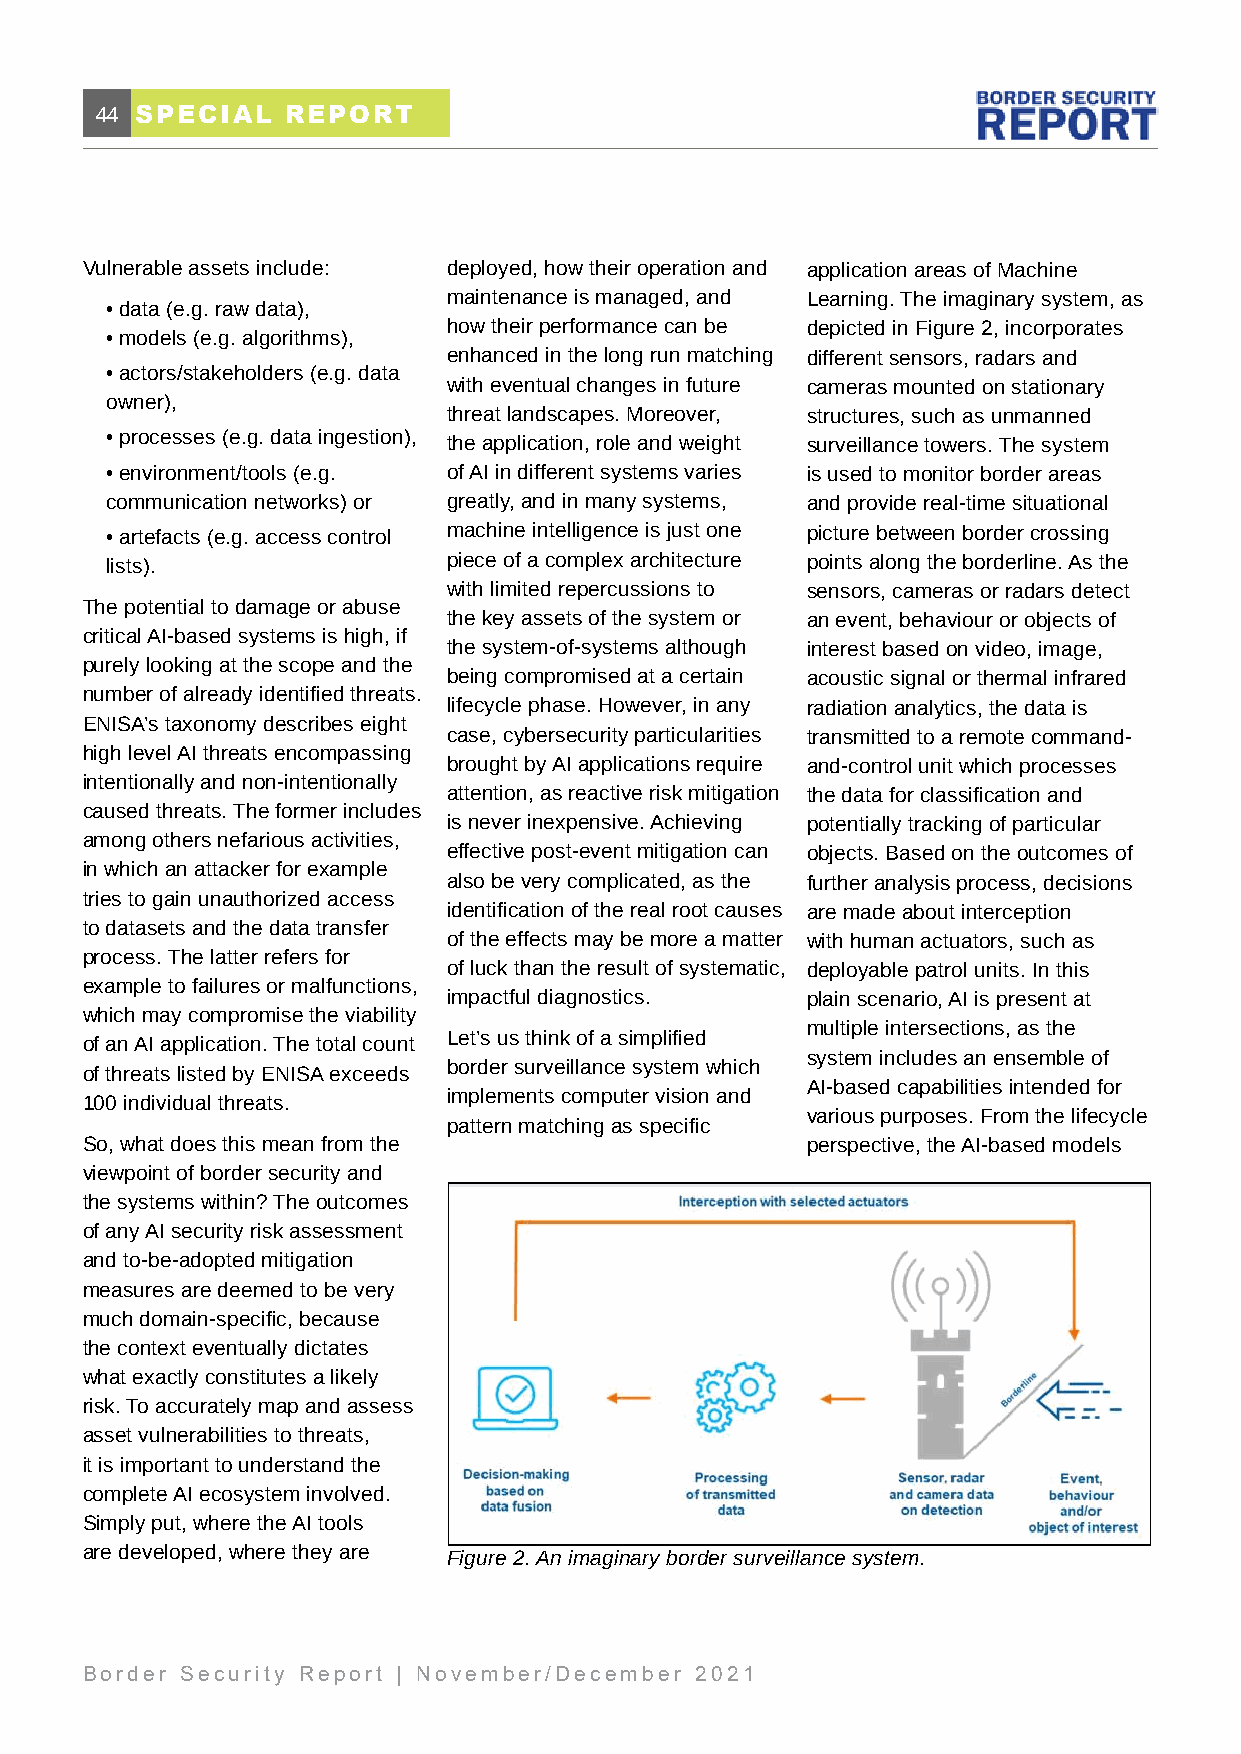
44 SPECIAL   REPORT
 Vulnerable assets include: deployed, how their operation and application areas of Machine
 maintenance is managed, and Learning. The imaginary system, as
 • data (e.g. raw data),
 how their performance can be depicted in Figure 2, incorporates
 • models (e.g. algorithms),
 enhanced in the long run matching different sensors, radars and
 • actors/stakeholders (e.g. data
 with eventual changes in future cameras mounted on stationary
 owner),
 threat landscapes. Moreover, structures, such as unmanned
 • processes (e.g. data ingestion), the application, role and weight surveillance towers. The system
 • environment/tools (e.g. of AI in different systems varies is used to monitor border areas
 communication networks) or greatly, and in many systems, and provide real-time situational
 • artefacts (e.g. access control machine intelligence is just one picture between border crossing
 lists).                piece of a complex architecture points along the borderline. As the
 with limited repercussions to sensors, cameras or radars detect
 The potential to damage or abuse
 the key assets of the system or an event, behaviour or objects of
 critical AI-based systems is high, if
 the system-of-systems although interest based on video, image,
 purely looking at the scope and the
 being compromised at a certain acoustic signal or thermal infrared
 number of already identified threats.
 lifecycle phase. However, in any radiation analytics, the data is
 ENISA’s taxonomy describes eight
 case, cybersecurity particularities transmitted to a remote command-
 high level AI threats encompassing
 brought by AI applications require and-control unit which processes
 intentionally and non-intentionally
 attention, as reactive risk mitigation the data for classification and
 caused threats. The former includes
 is never inexpensive. Achieving potentially tracking of particular
 among others nefarious activities,
 effective post-event mitigation can objects. Based on the outcomes of
 in which an attacker for example
 also be very complicated, as the further analysis process, decisions
 tries to gain unauthorized access
 identification of the real root causes are made about interception
 to datasets and the data transfer
 of the effects may be more a matter with human actuators, such as
 process. The latter refers for
 of luck than the result of systematic, deployable patrol units. In this
 example to failures or malfunctions,
 impactful diagnostics. plain scenario, AI is present at
 which may compromise the viability
 multiple intersections, as the
 Let’s us think of a simplified
 of an AI application. The total count
 system includes an ensemble of
 border surveillance system which
 of threats listed by ENISA exceeds
 AI-based capabilities intended for
 implements computer vision and
 100 individual threats.
 various purposes. From the lifecycle
 pattern matching as specific
 So, what does this mean from the                perspective, the AI-based models
 viewpoint of border security and
 the systems within? The outcomes
 of any AI security risk assessment
 and to-be-adopted mitigation
 measures are deemed to be very
 much domain-specific, because
 the context eventually dictates
 what exactly constitutes a likely
 risk. To accurately map and assess
 asset vulnerabilities to threats,
 it is important to understand the
 complete AI ecosystem involved.
 Simply put, where the AI tools
 are developed, where they are Figure 2. An imaginary border surveillance system.
 Border Security Report | November/December 2021